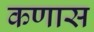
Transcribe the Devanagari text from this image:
कणास